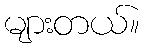
များတယ်။